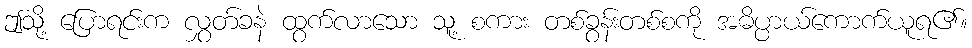
ဤသို့ ပြောရင်းက လွှတ်ခနဲ ထွက်လာသော သူ့ စကား တစ်ခွန်းတစ်စကို အဓိပ္ပာယ်ကောက်ယူရ၏။